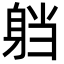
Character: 𮜴